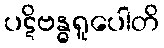
ပဋိဗန္ဓရူပေါတိ